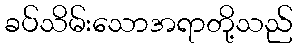
ခပ်သိမ်းသောအရာတို့သည်